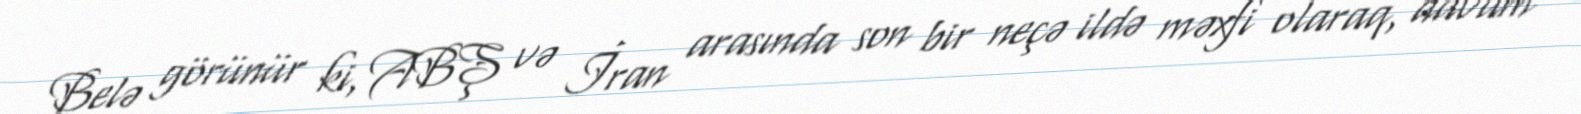
Belə görünür ki, ABŞ və İran arasında son bir neçə ildə məxfi olaraq, davam